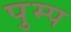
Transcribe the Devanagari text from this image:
पुम्प